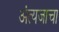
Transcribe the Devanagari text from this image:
अंत्यजाचा